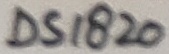
Text: DS1820